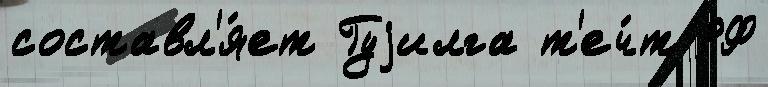
составл'я́ет Гуjилга т'еч́т РФ